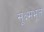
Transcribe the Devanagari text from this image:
सूक्ष्मभूत